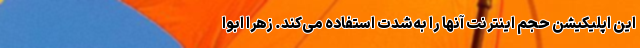
این اپلیکیشن حجم اینترنت آنها را به‌شدت استفاده می‌کند. زهرا ابوا